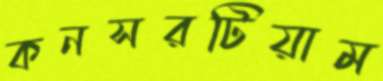
কনসরটিয়াম